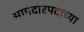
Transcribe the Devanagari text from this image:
आमदारपदाच्या